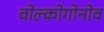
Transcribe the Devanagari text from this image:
वोल्कोगोनोव